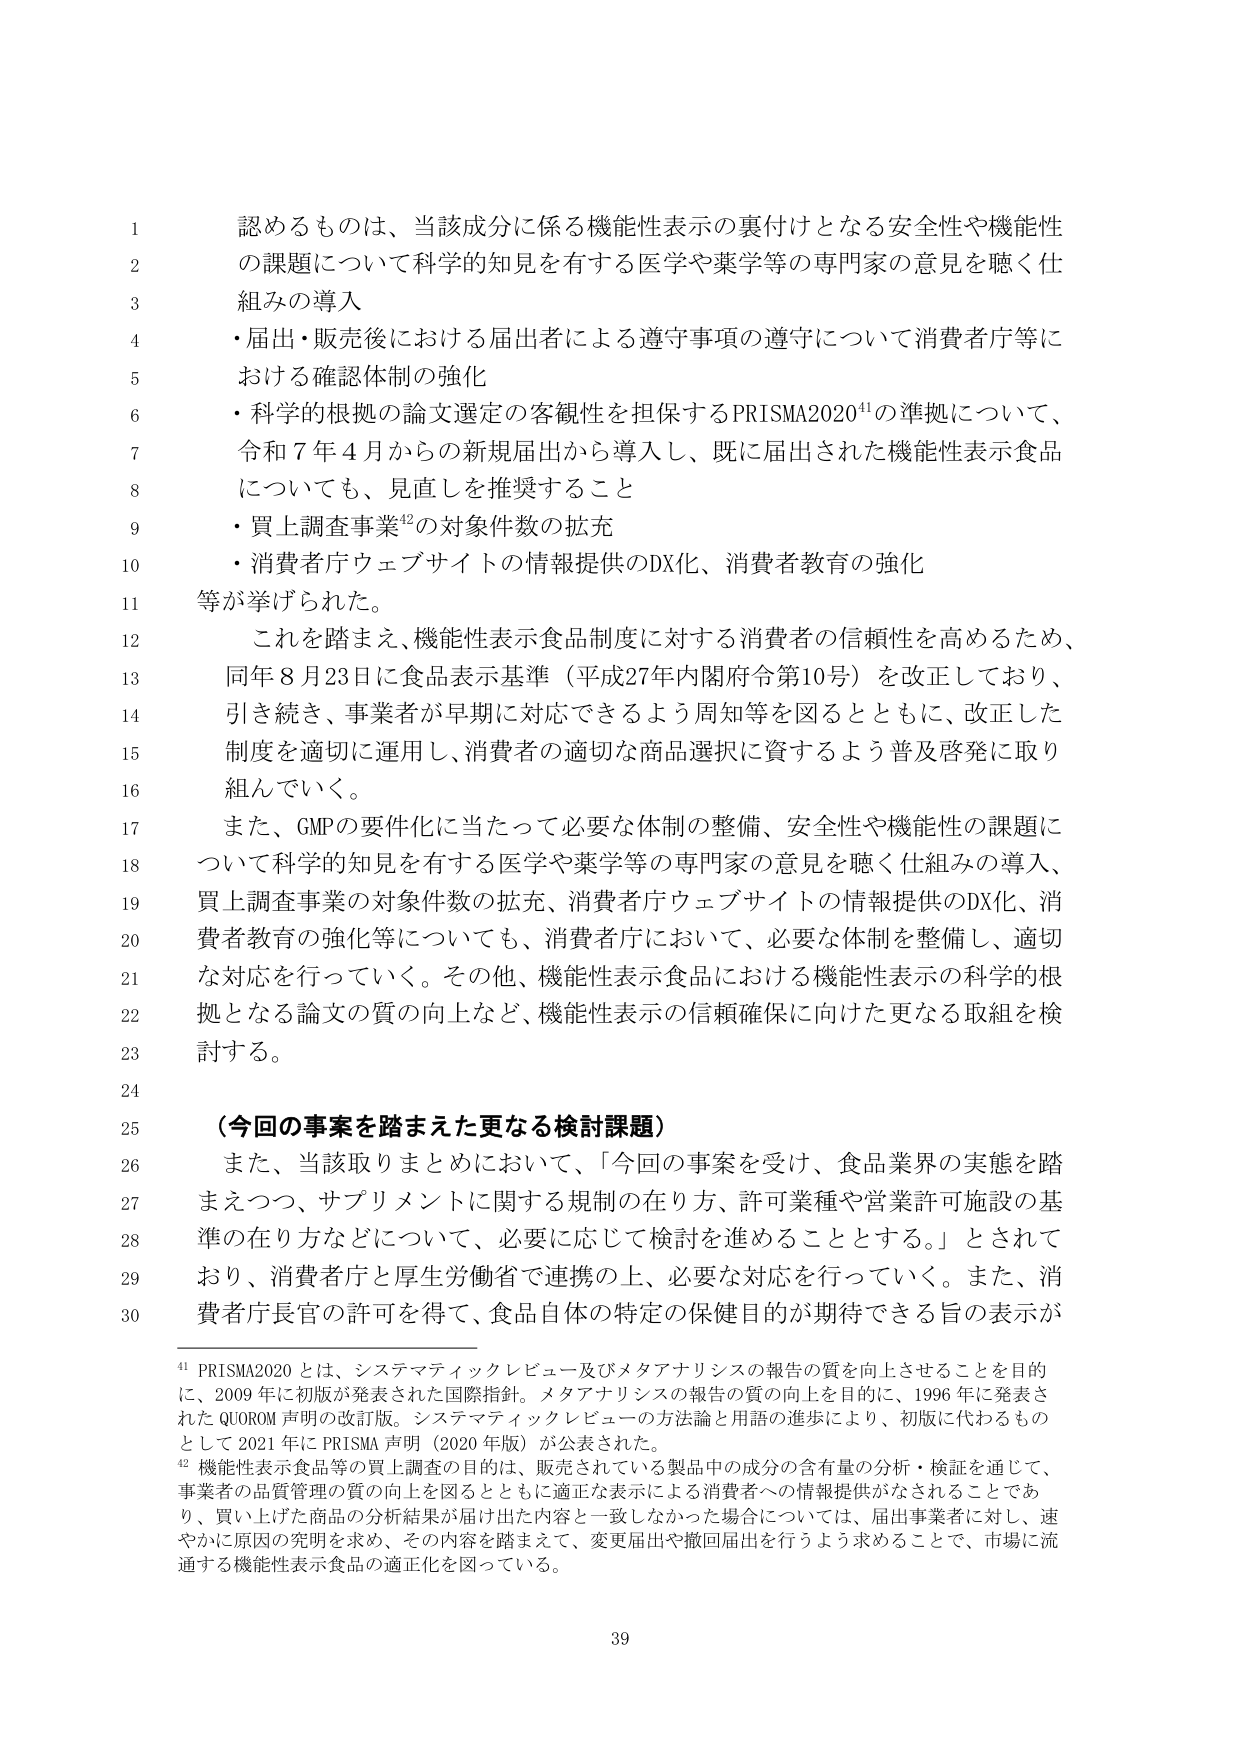
認めるものは、当該成分に係る機能性表示の裏付けとなる安全性や機能性
の課題について科学的知見を有する医学や薬学等の専門家の意見を聴く仕
組みの導入
・届出・販売後における届出者による遵守事項の遵守について消費者庁等に
おける確認体制の強化
・科学的根拠の論文選定の客観性を担保するPRISMA2020⁴¹の準拠について、
令和７年４月からの新規届出から導入し、既に届出された機能性表示食品
についても、見直しを推奨すること
・買上調査事業⁴²の対象件数の拡充
・消費者庁ウェブサイトの情報提供のDX化、消費者教育の強化
等が挙げられた。
これを踏まえ、機能性表示食品制度に対する消費者の信頼性を高めるため、
同年８月23日に食品表示基準（平成27年内閣府令第10号）を改正しており、
引き続き、事業者が早期に対応できるよう周知等を図るとともに、改正した
制度を適切に運用し、消費者の適切な商品選択に資するよう普及啓発に取り
組んでいく。
また、GMPの要件化に当たって必要な体制の整備、安全性や機能性の課題に
ついて科学的知見を有する医学や薬学等の専門家の意見を聴く仕組みの導入、
買上調査事業の対象件数の拡充、消費者庁ウェブサイトの情報提供のDX化、消
費者教育の強化等についても、消費者庁において、必要な体制を整備し、適切
な対応を行っていく。その他、機能性表示食品における機能性表示の科学的根
拠となる論文の質の向上など、機能性表示の信頼確保に向けた更なる取組を検
討する。

（今回の事案を踏まえた更なる検討課題）
また、当該取りまとめにおいて、「今回の事案を受け、食品業界の実態を踏
まえつつ、サプリメントに関する規制の在り方、許可業種や営業許可施設の基
準の在り方などについて、必要に応じて検討を進めることとする。」とされて
おり、消費者庁と厚生労働省で連携の上、必要な対応を行っていく。また、消
費者庁長官の許可を得て、食品自体の特定の保健目的が期待できる旨の表示が

⁴¹ PRISMA2020 とは、システマティックレビュー及びメタアナリシスの報告の質を向上させることを目的
に、2009 年に初版が発表された国際指針。メタアナリシスの報告の質の向上を目的に、1996 年に発表さ
れた QUOROM 声明の改訂版。システマティックレビューの方法論と用語の進歩により、初版に代わるもの
として 2021 年に PRISMA 声明（2020 年版）が公表された。
⁴² 機能性表示食品等の買上調査の目的は、販売されている製品中の成分の含有量の分析・検証を通じて、
事業者の品質管理の質の向上を図るとともに適正な表示による消費者への情報提供がなされることであ
り、買上げた商品の分析結果が届け出た内容と一致しなかった場合については、届出事業者に対し、速
やかに原因の究明を求め、その内容を踏まえて、変更届出や撤回届出を行うよう求めることで、市場に流
通する機能性表示食品の適正化を図っている。

39